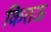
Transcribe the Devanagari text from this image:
कितऊ